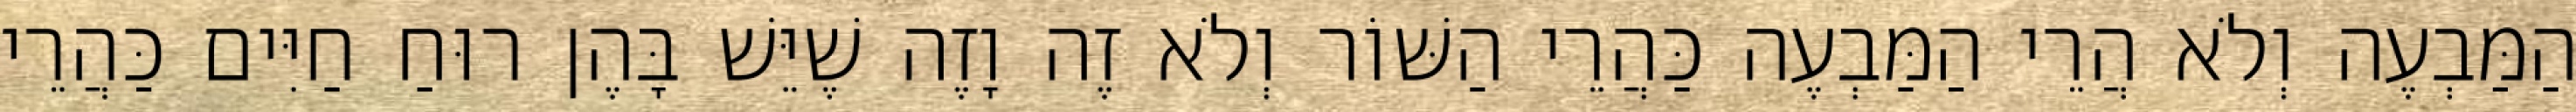
הַמַּבְעֶה וְלֹא הֲרֵי הַמַּבְעֶה כַּהֲרֵי הַשּׁוֹר וְלֹא זֶה וָזֶה שֶׁיֵּשׁ בָּהֶן רוּחַ חַיִּים כַּהֲרֵי